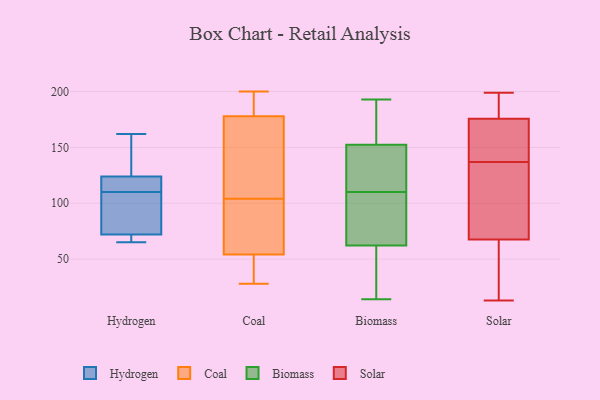
{"axis": {"x": "Conversion Rate (%)", "y": "Value"}, "legend": ["Biomass", "Coal", "Hydrogen", "Solar"], "data": [{"x": "", "y": 65, "type": "Hydrogen"}, {"x": "", "y": 162, "type": "Hydrogen"}, {"x": "", "y": 153, "type": "Hydrogen"}, {"x": "", "y": 68, "type": "Hydrogen"}, {"x": "", "y": 116, "type": "Hydrogen"}, {"x": "", "y": 104, "type": "Hydrogen"}, {"x": "", "y": 85, "type": "Hydrogen"}, {"x": "", "y": 72, "type": "Hydrogen"}, {"x": "", "y": 124, "type": "Hydrogen"}, {"x": "", "y": 117, "type": "Hydrogen"}, {"x": "", "y": 180, "type": "Coal"}, {"x": "", "y": 49, "type": "Coal"}, {"x": "", "y": 142, "type": "Coal"}, {"x": "", "y": 200, "type": "Coal"}, {"x": "", "y": 107, "type": "Coal"}, {"x": "", "y": 96, "type": "Coal"}, {"x": "", "y": 45, "type": "Coal"}, {"x": "", "y": 152, "type": "Coal"}, {"x": "", "y": 36, "type": "Coal"}, {"x": "", "y": 180, "type": "Coal"}, {"x": "", "y": 31, "type": "Coal"}, {"x": "", "y": 83, "type": "Coal"}, {"x": "", "y": 176, "type": "Coal"}, {"x": "", "y": 171, "type": "Coal"}, {"x": "", "y": 101, "type": "Coal"}, {"x": "", "y": 190, "type": "Coal"}, {"x": "", "y": 86, "type": "Coal"}, {"x": "", "y": 59, "type": "Coal"}, {"x": "", "y": 28, "type": "Coal"}, {"x": "", "y": 190, "type": "Coal"}, {"x": "", "y": 123, "type": "Biomass"}, {"x": "", "y": 119, "type": "Biomass"}, {"x": "", "y": 51, "type": "Biomass"}, {"x": "", "y": 157, "type": "Biomass"}, {"x": "", "y": 188, "type": "Biomass"}, {"x": "", "y": 185, "type": "Biomass"}, {"x": "", "y": 110, "type": "Biomass"}, {"x": "", "y": 14, "type": "Biomass"}, {"x": "", "y": 29, "type": "Biomass"}, {"x": "", "y": 61, "type": "Biomass"}, {"x": "", "y": 193, "type": "Biomass"}, {"x": "", "y": 103, "type": "Biomass"}, {"x": "", "y": 66, "type": "Biomass"}, {"x": "", "y": 100, "type": "Biomass"}, {"x": "", "y": 139, "type": "Biomass"}, {"x": "", "y": 129, "type": "Biomass"}, {"x": "", "y": 182, "type": "Biomass"}, {"x": "", "y": 60, "type": "Biomass"}, {"x": "", "y": 69, "type": "Biomass"}, {"x": "", "y": 166, "type": "Solar"}, {"x": "", "y": 179, "type": "Solar"}, {"x": "", "y": 14, "type": "Solar"}, {"x": "", "y": 13, "type": "Solar"}, {"x": "", "y": 189, "type": "Solar"}, {"x": "", "y": 69, "type": "Solar"}, {"x": "", "y": 155, "type": "Solar"}, {"x": "", "y": 199, "type": "Solar"}, {"x": "", "y": 128, "type": "Solar"}, {"x": "", "y": 67, "type": "Solar"}, {"x": "", "y": 31, "type": "Solar"}, {"x": "", "y": 131, "type": "Solar"}, {"x": "", "y": 137, "type": "Solar"}, {"x": "", "y": 155, "type": "Solar"}, {"x": "", "y": 194, "type": "Solar"}]}